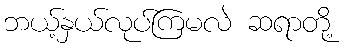
ဘယ့်နှယ်လုပ်ကြမလဲ ဆရာတို့